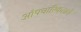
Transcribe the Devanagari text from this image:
औपचारिकतायें